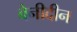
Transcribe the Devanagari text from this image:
बेनीदीन